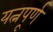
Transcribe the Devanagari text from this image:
यत्नपूर्ण